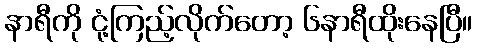
နာရီကို ငုံ့ကြည့်လိုက်တော့ ၆နာရီထိုးနေပြီ။